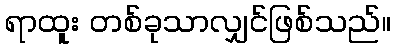
ရာထူး တစ်ခုသာလျှင်ဖြစ်သည်။